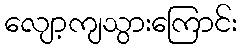
လျော့ကျသွားကြောင်း